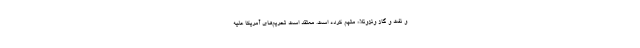
و نفت و گاز ونزوئلا» متهم کرده است. معتقد است تحریم‌های آمریکا علیه